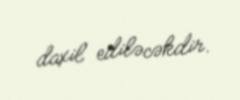
daxil ediləcəkdir.